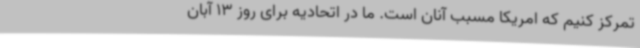
تمرکز کنیم که امریکا مسبب آنان است. ما در اتحادیه برای روز 13 آبان